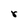
Character: r